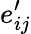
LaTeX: e_{ij}^{\prime}